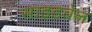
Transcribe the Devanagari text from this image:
साइडवेल